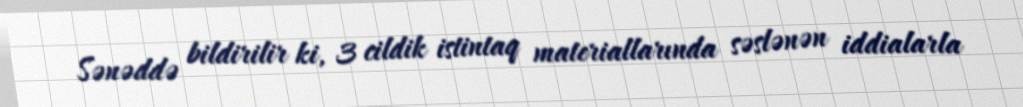
Sənəddə bildirilir ki, 3 cildik istintaq materiallarında səslənən iddialarla